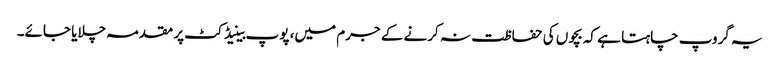
یہ گروپ چاہتا ہے کہ بچوں کی حفاظت نہ کرنے کے جرم میں، پوپ بینیڈکٹ پر مقدمہ چلایا جائے۔